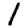
Digit: 1